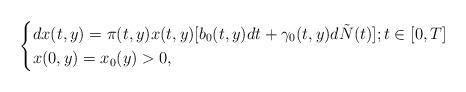
LaTeX: \begin{align*}\begin{cases}dx(t,y)=\pi(t,y)x(t,y)[b_0(t,y)dt+\gamma_0(t,y)d\tilde{N}(t)]; t\in[0, T]\\x(0,y)=x_0(y)>0,\end{cases}\end{align*}